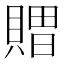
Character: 𮚖